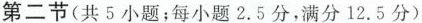
第二节(共5小题;每小题2.5分,满分12.5分)